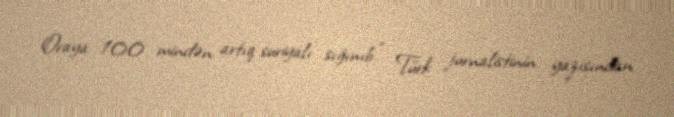
Oraya 100 mindən artıq suriyalı sığınıb.” Türk jurnalistinin yazısından